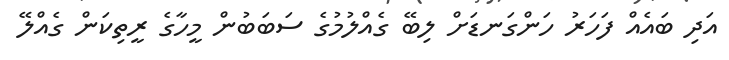
އަދި ބައެއް ފަހަރު ހަންގަނޑަށް ލިބޭ ގެއްލުމުގެ ސަބަބުން މީހާގެ ރީތިކަން ގެއްލޭ